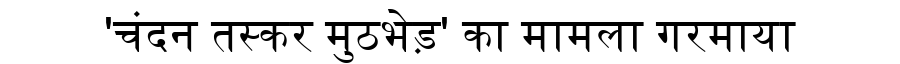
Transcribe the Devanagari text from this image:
'चंदन तस्कर मुठभेड़' का मामला गरमाया